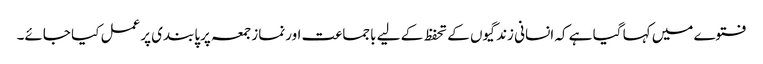
فتوے میں کہا گیا ہے کہ انسانی زندگیوں کے تحفظ کے لیے باجماعت اورنمازجمعہ پرپابندی پرعمل کیا جائے۔